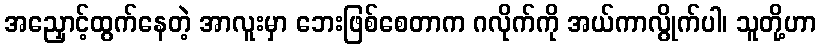
အညှောင့်ထွက်နေတဲ့ အာလူးမှာ ဘေးဖြစ်စေတာက ဂလိုက်ကို အယ်ကာလွိုက်ပါ၊ သူတို့ဟာ